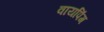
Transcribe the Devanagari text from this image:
वायपिंग